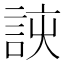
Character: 𮘈